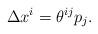
LaTeX: \begin{align*} \Delta x^i = \theta^{ij} p_j.\end{align*}